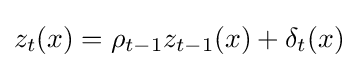
z_{t}(x)=\rho _{t-1}z_{t-1}(x)+\delta _{t}(x)